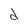
Character: d